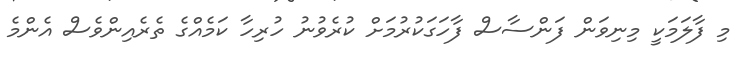
މި ފާލަމަކީ މިނިވަން ފަންސާސް ފާހަގަކުރުމަށް ކުރެވުނު ހުރިހާ ކަމެއްގެ ތެރެއިންވެސް އެންމެ